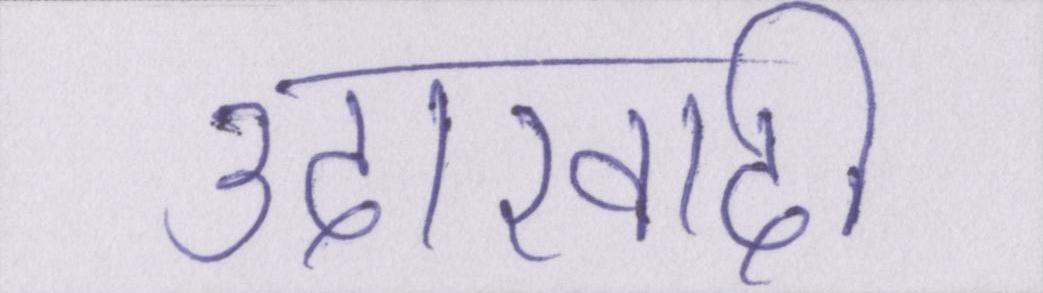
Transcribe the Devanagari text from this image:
उदारवादी